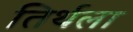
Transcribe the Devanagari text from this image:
तिर्थला